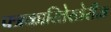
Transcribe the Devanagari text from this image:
पत्रकारितेखेरीज